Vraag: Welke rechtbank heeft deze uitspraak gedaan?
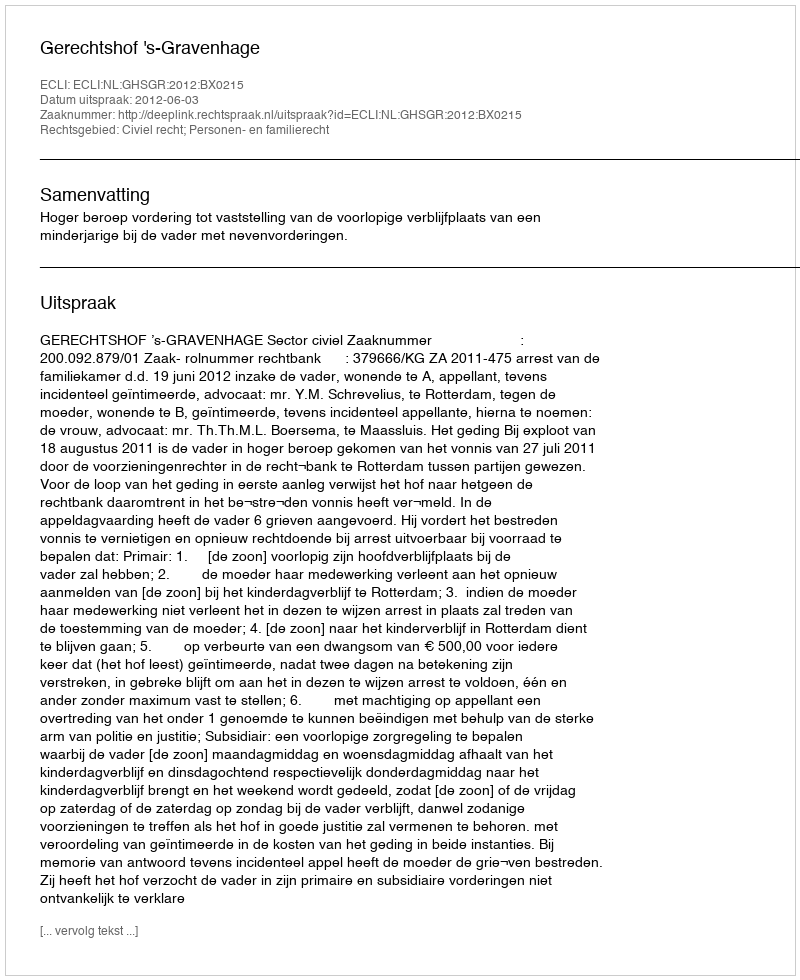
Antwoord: Gerechtshof 's-Gravenhage